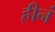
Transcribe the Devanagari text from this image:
हीनं